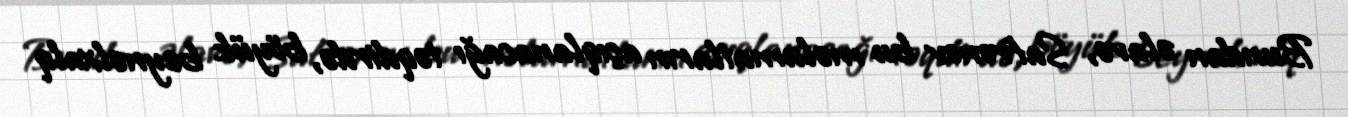
Bundan əlavə, Safronov bu məlumatların açıqlanacağı təqdirdə, böyük beynəlxalq